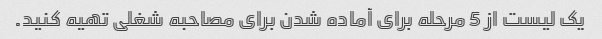
یک لیست از 5 مرحله برای آماده شدن برای مصاحبه شغلی تهیه کنید.